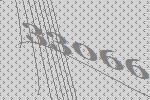
33066